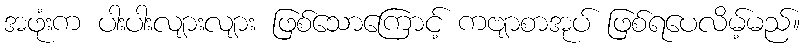
အဖုံးက ပါးပါးလျားလျား ဖြစ်သောကြောင့် ကဗျာစာအုပ် ဖြစ်ရပေလိမ့်မည်။